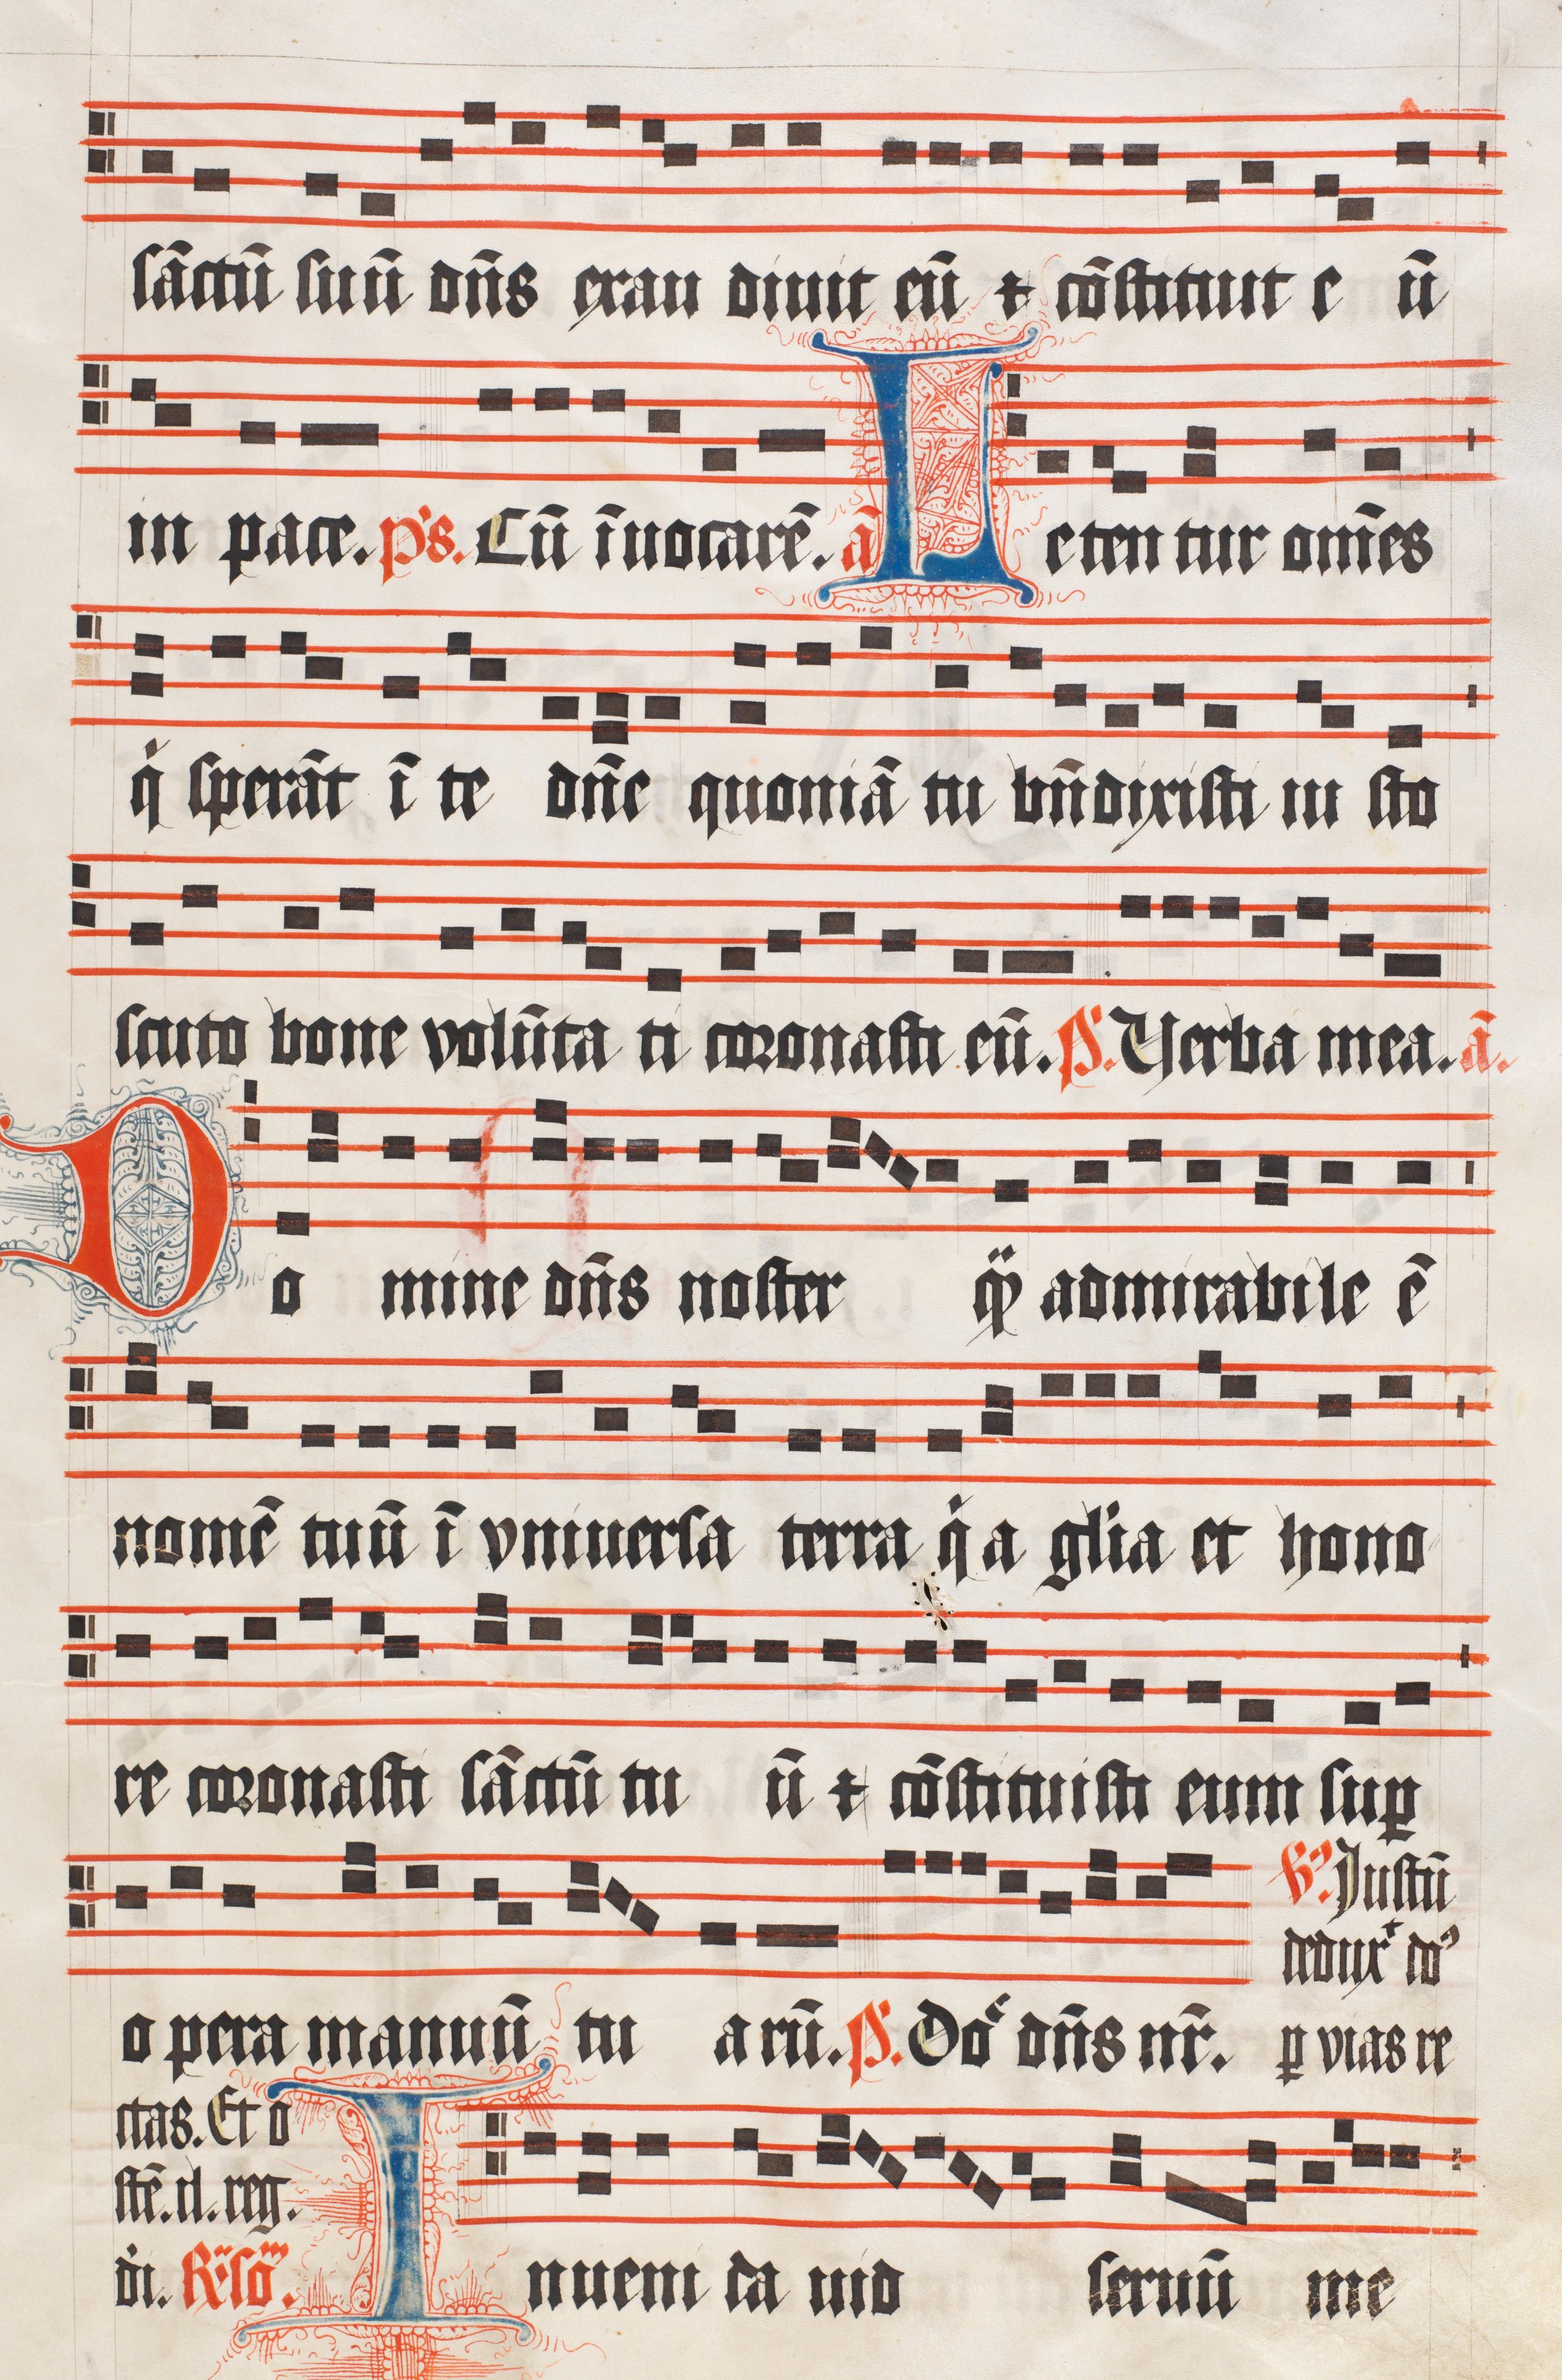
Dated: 1509–1517